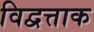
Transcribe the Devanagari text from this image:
विद्वत्ताक